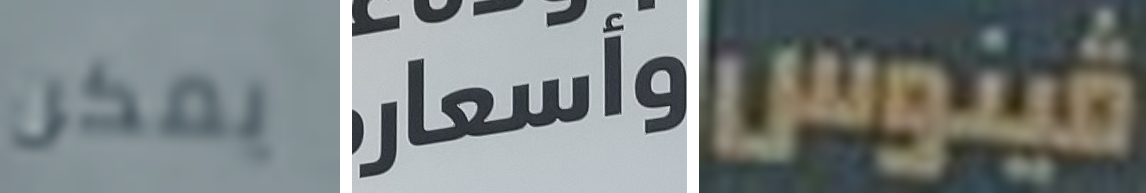
يمكن وأسعار فينوس